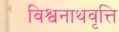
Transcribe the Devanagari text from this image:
विश्वनाथवृत्ति